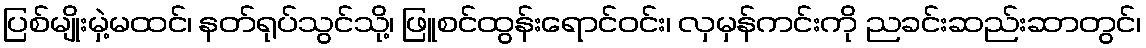
ပြစ်မျိုးမှဲ့မထင်၊ နတ်ရုပ်သွင်သို့၊ ဖြူစင်ထွန်းရောင်ဝင်း၊ လှမှန်ကင်းကို ညခင်းဆည်းဆာတွင်၊